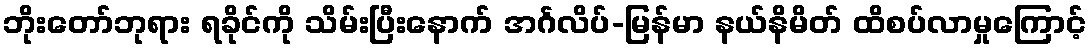
ဘိုးတော်ဘုရား ရခိုင်ကို သိမ်းပြီးနောက် အင်္ဂလိပ်-မြန်မာ နယ်နိမိတ် ထိစပ်လာမှုကြောင့်